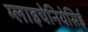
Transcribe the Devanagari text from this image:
ग्लाइचेनियेसिई